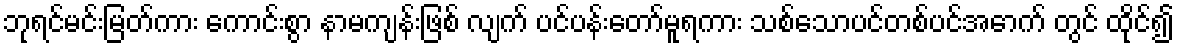
ဘုရင်မင်းမြတ်ကား ကောင်းစွာ နာမကျန်းဖြစ် လျက် ပင်ပန်းတော်မူရကား သစ်သောပင်တစ်ပင်အောက် တွင် ထိုင်၍